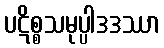
ပဋိစ္စသမုပ္ပါဒဒဿာ